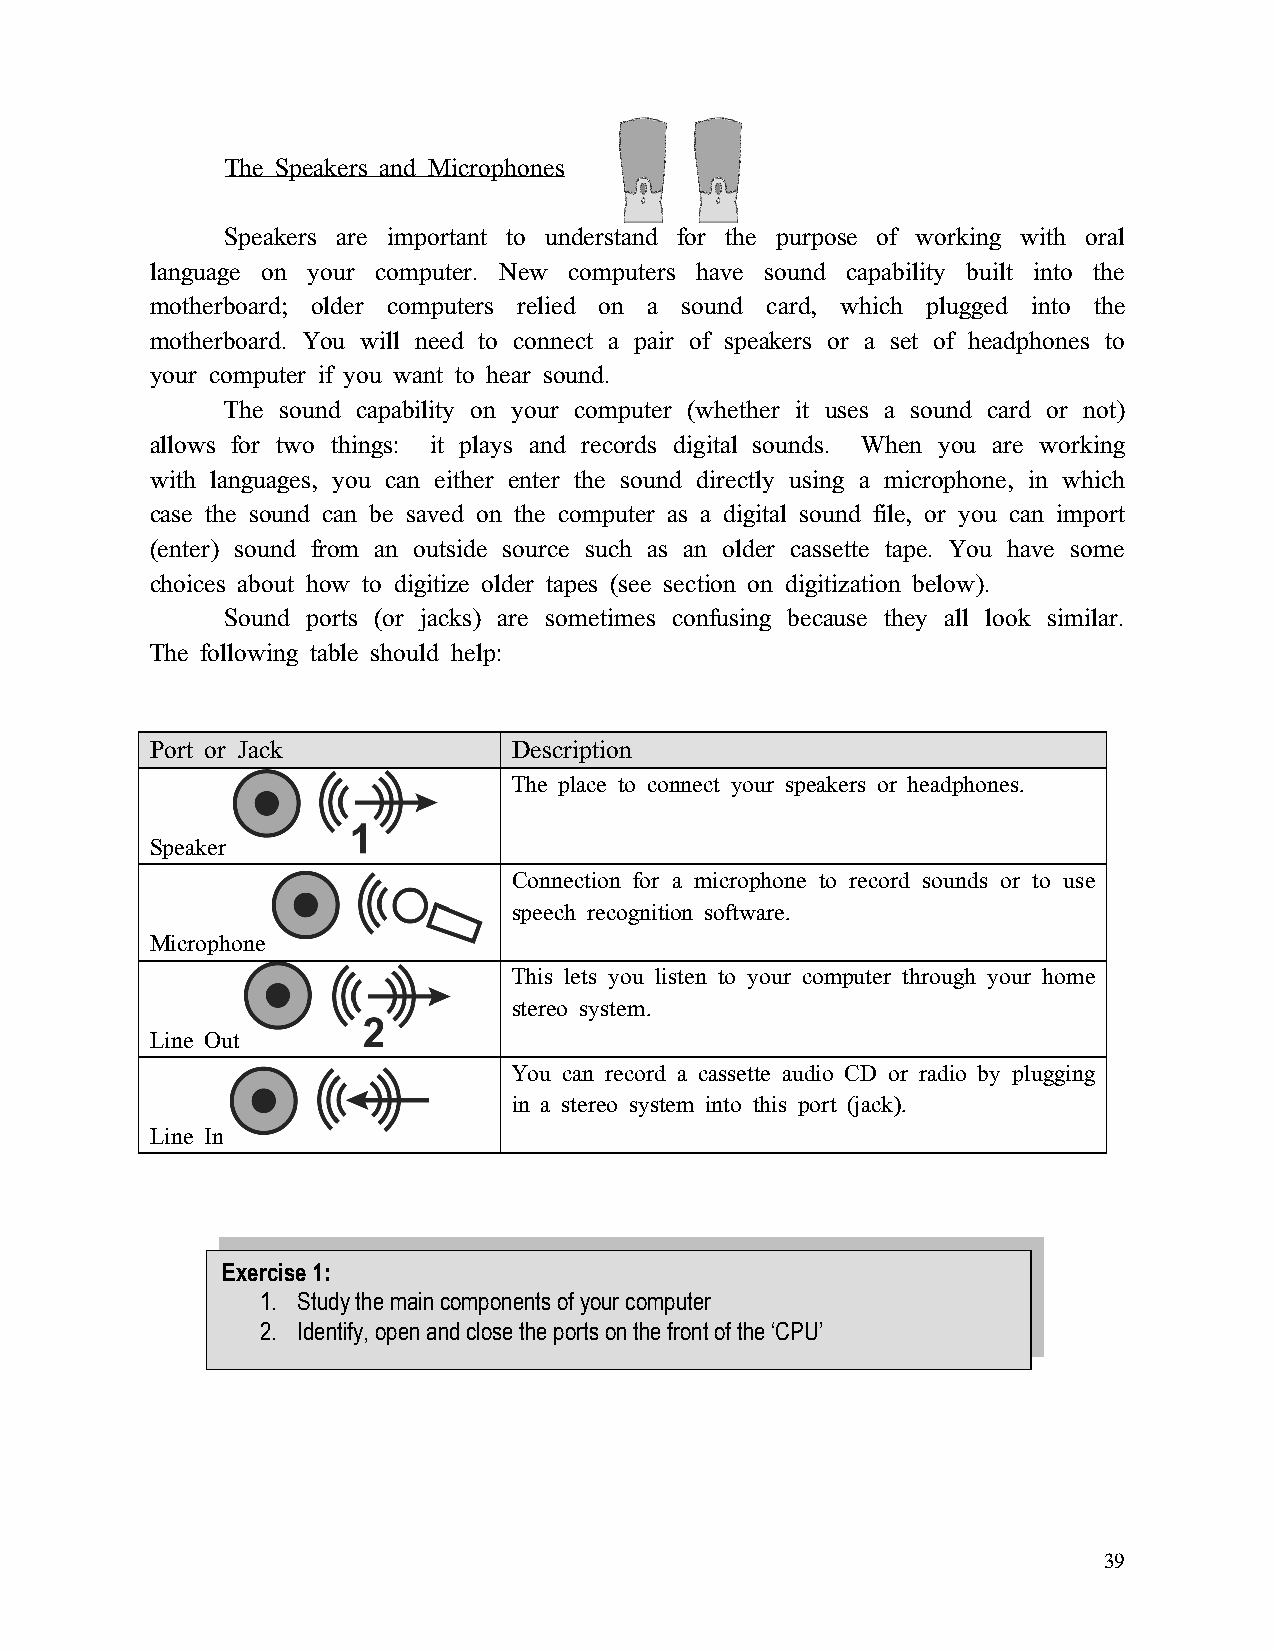
The Speakers and Microphones
 Speakers are important to understand for the purpose of working with oral
 language on your computer. New computers have sound capability built into the
 motherboard; older computers relied on a sound card, which plugged into the
 motherboard. You will need to connect a pair of speakers or a set of headphones to
 your computer if you want to hear sound.
 The sound capability on your computer (whether it uses a sound card or not)
 allows for two things: it plays and records digital sounds. When you are working
 with languages, you can either enter the sound directly using a microphone, in which
 case the sound can be saved on the computer as a digital sound file, or you can import
 (enter) sound from an outside source such as an older cassette tape. You have some
 choices about how to digitize older tapes (see section on digitization below).
 Sound ports (or jacks) are sometimes confusing because they all look similar.
 The following table should help:
 Port or Jack            Description
 The place to connect your speakers or headphones.
 Speaker
 Connection for a microphone to record sounds or to use
 speech recognition software.
 Microphone
 This lets you listen to your computer through your home
 stereo system.
 Line Out
 You can record a cassette audio CD or radio by plugging
 in a stereo system into this port (jack).
 Line In
 Exercise 1:
 1. Study the main components of your computer
 2. Identify, open and close the ports on the front of the ‘CPU’
 39